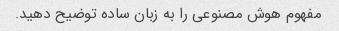
مفهوم هوش مصنوعی را به زبان ساده توضیح دهید.